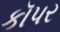
કૉપર